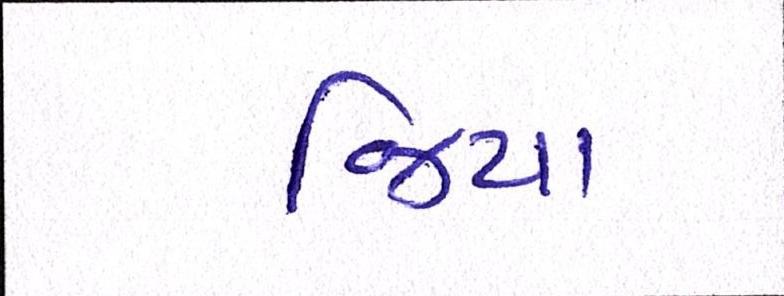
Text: જિયા